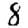
Digit: 8